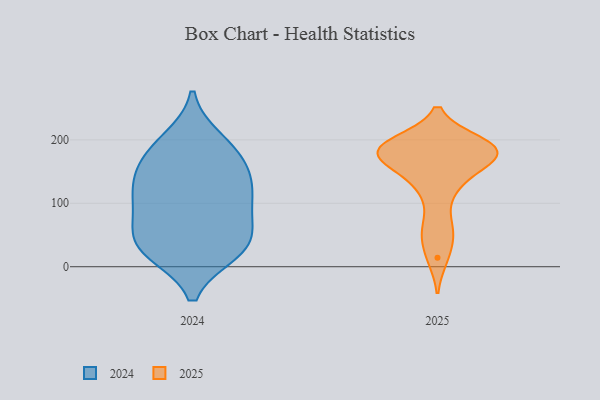
{"axis": {"x": "Population (Million)", "y": "Value"}, "legend": ["2024", "2025"], "data": [{"x": "", "y": 23, "type": "2024"}, {"x": "", "y": 114, "type": "2024"}, {"x": "", "y": 200, "type": "2024"}, {"x": "", "y": 31, "type": "2024"}, {"x": "", "y": 66, "type": "2024"}, {"x": "", "y": 123, "type": "2024"}, {"x": "", "y": 108, "type": "2024"}, {"x": "", "y": 31, "type": "2024"}, {"x": "", "y": 25, "type": "2024"}, {"x": "", "y": 173, "type": "2024"}, {"x": "", "y": 92, "type": "2024"}, {"x": "", "y": 189, "type": "2024"}, {"x": "", "y": 148, "type": "2024"}, {"x": "", "y": 54, "type": "2024"}, {"x": "", "y": 152, "type": "2024"}, {"x": "", "y": 169, "type": "2025"}, {"x": "", "y": 196, "type": "2025"}, {"x": "", "y": 181, "type": "2025"}, {"x": "", "y": 48, "type": "2025"}, {"x": "", "y": 67, "type": "2025"}, {"x": "", "y": 193, "type": "2025"}, {"x": "", "y": 123, "type": "2025"}, {"x": "", "y": 168, "type": "2025"}, {"x": "", "y": 175, "type": "2025"}, {"x": "", "y": 14, "type": "2025"}, {"x": "", "y": 193, "type": "2025"}, {"x": "", "y": 183, "type": "2025"}, {"x": "", "y": 131, "type": "2025"}, {"x": "", "y": 178, "type": "2025"}]}